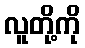
လူတို့ကို